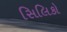
સિલિકો